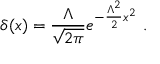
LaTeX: \delta ( x ) = \frac { \Lambda } { \sqrt { 2 \pi } } e ^ { - \frac { \Lambda ^ { 2 } } { 2 } x ^ { 2 } } \ .